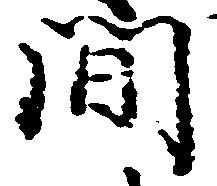
間